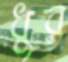
ধুর